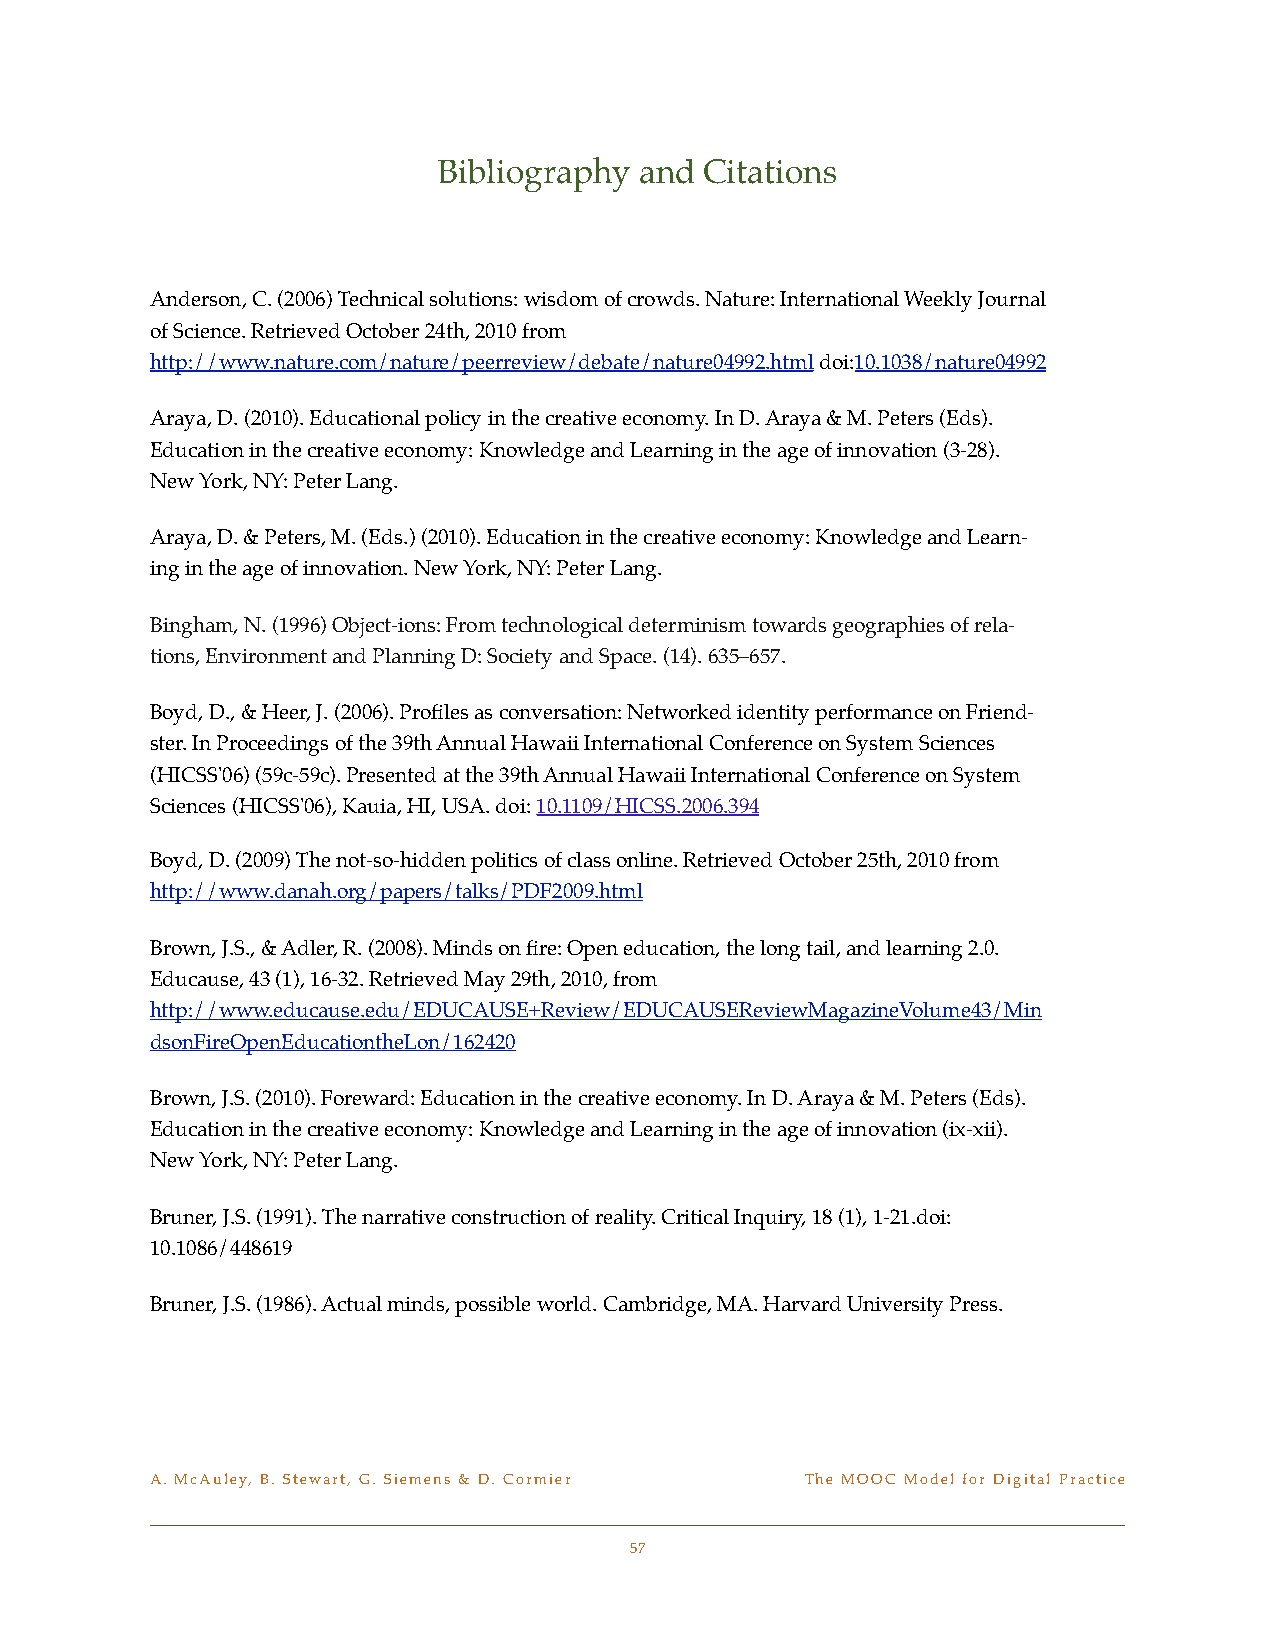
Bibliography and  Citations
 Anderson, C. (2006) Technical solutions: wisdom of crowds. Nature: International Weekly Journal
 of Science. Retrieved October 24th, 2010 from
 http://www.nature.com/nature/peerreview/debate/nature04992.html doi:10.1038/nature04992
 Araya, D. (2010). Educational policy in the creative economy. In D. Araya & M. Peters (Eds). !
 Education in the creative economy: Knowledge and Learning in the age of innovation (3-28). !
 New York, NY: Peter Lang.
 Araya, D. & Peters, M. (Eds.) (2010). Education in the creative economy: Knowledge and Learn-
 ing in the age of innovation. New York, NY: Peter Lang.
 Bingham, N. (1996) Object-ions: From technological determinism towards geographies of rela-
 tions, Environment and Planning D: Society and Space. (14). 635–657.
 Boyd, D., & Heer, J. (2006). Profiles as conversation: Networked identity performance on Friend-
 ster. In Proceedings of the 39th Annual Hawaii International Conference on System Sciences
 (HICSS'06) (59c-59c). Presented at the 39th Annual Hawaii International Conference on System
 Sciences (HICSS'06), Kauia, HI, USA. doi: 10.1109/HICSS.2006.394
 Boyd, D. (2009) The not-so-hidden politics of class online. Retrieved October 25th, 2010 from
 http://www.danah.org/papers/talks/PDF2009.html
 Brown, J.S., & Adler, R. (2008). Minds on fire: Open education, the long tail, and learning 2.0.
 Educause, 43 (1), 16-32. Retrieved May 29th, 2010, from
 http://www.educause.edu/EDUCAUSE+Review/EDUCAUSEReviewMagazineVolume43/Min
 dsonFireOpenEducationtheLon/162420
 Brown, J.S. (2010). Foreward: Education in the creative economy. In D. Araya & M. Peters (Eds). !
 Education in the creative economy: Knowledge and Learning in the age of innovation (ix-xii). !
 New York, NY: Peter Lang.
 Bruner, J.S. (1991). The narrative construction of reality. Critical Inquiry, 18 (1), 1-21.doi:
 10.1086/448619
 Bruner, J.S. (1986). Actual minds, possible world. Cambridge, MA. Harvard University Press.
 A. McAuley, B. Stewart, G. Siemens & D. Cormier! The MOOC Model for Digital Practice
 57